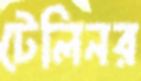
টেলিনর